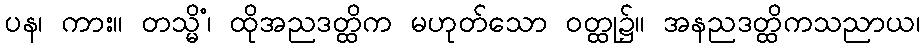
ပန၊ ကား။ တသ္မိံ၊ ထိုအညဒတ္ထိက မဟုတ်သော ဝတ္ထု၌။ အနညဒတ္ထိကသညာယ၊